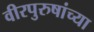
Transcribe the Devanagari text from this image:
वीरपुरुषांच्या